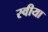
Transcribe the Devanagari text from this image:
स्वीया